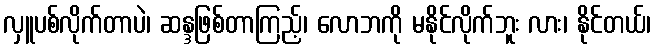
လှူပစ်လိုက်တာပဲ၊ ဆန္ဒဖြစ်တာကြည့်၊ လောဘကို မနိုင်လိုက်ဘူး လား၊ နိုင်တယ်၊